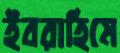
ইবরাহিমে